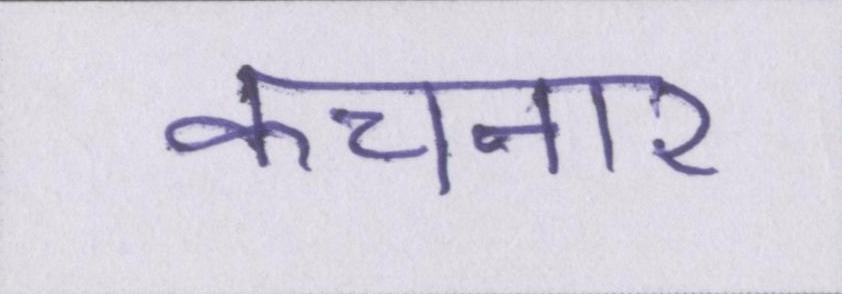
कचनार